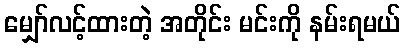
မျှော်လင့်ထားတဲ့ အတိုင်း မင်းကို နမ်းရမယ်